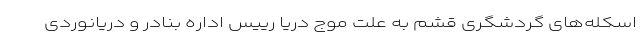
اسکله‌های گردشگری قشم به علت موج دریا رییس اداره بنادر و دریانوردی